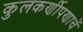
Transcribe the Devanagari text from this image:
कुलकर्णीपणाचें